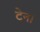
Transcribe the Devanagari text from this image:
टेना